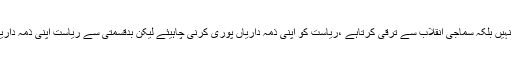
انہوں نے کہا کہ ملک زکوة اور خیرات سے نہیں بلکہ سماجی انقلاب سے ترقی کرتاہے ،ریاست کو اپنی ذمہ داریاں پوری کرنی چاہیئے لیکن بدقسمتی سے ریاست اپنی ذمہ داریاں پوری طرح سے اداکرنے سے قاصر ہے۔